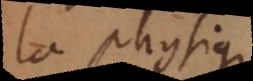
la physique